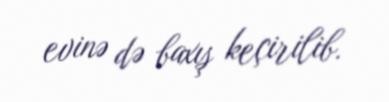
evinə də baxış keçirilib.